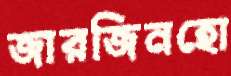
জারজিনহো